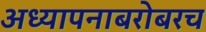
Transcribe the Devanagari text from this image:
अध्यापनाबरोबरच